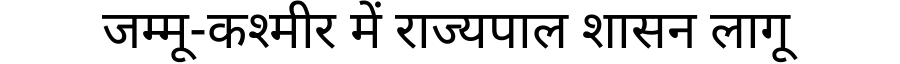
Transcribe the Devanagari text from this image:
जम्मू-कश्मीर में राज्यपाल शासन लागू